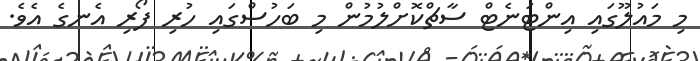
މި މައުލޫގައި އިންޓަނެޓް ސާޗްކޮށްލުމުން މި ބަހުސްގައި ހުރި ފޯރި އެނގެ އެވެ.